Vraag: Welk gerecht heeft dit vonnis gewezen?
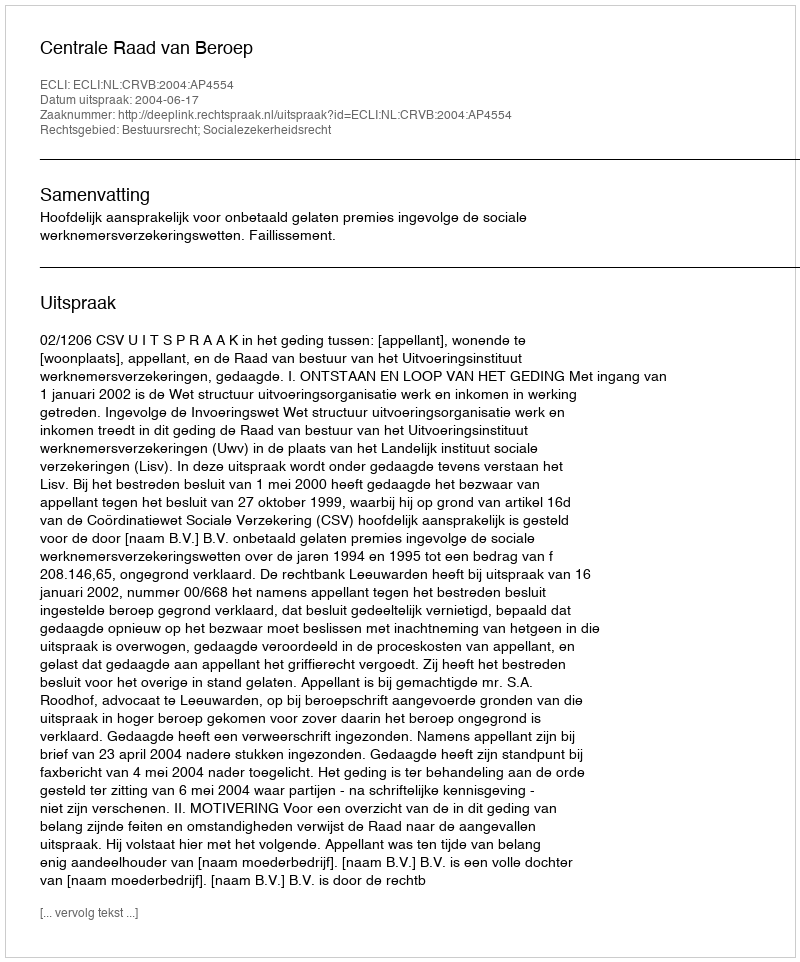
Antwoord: Centrale Raad van Beroep